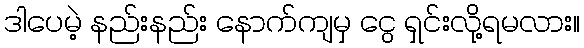
ဒါပေမဲ့ နည်းနည်း နောက်ကျမှ ငွေ ရှင်းလို့ရမလား။